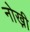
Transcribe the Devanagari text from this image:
नोख़ी